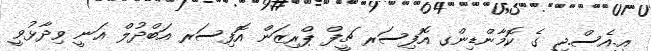
އީ.އެސް.ޖީ ގެ ކޮމާންޑިންގ އޮފިސަރ ޗީފް ޕްރިޒަން އޮފިސަރ އަބްދުލް ޣަނީ ވިދާޅުވީ